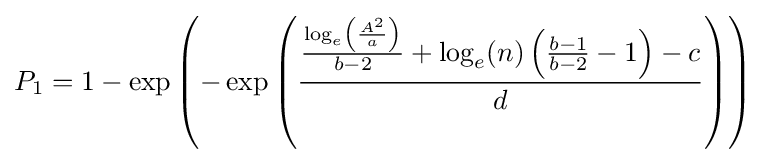
P_{1}=1-\exp \left(-\exp \left({\frac {{\frac {\log _{e}\left({\frac {A^{2}}{a}}\right)}{b-2}}+\log _{e}(n)\left({\frac {b-1}{b-2}}-1\right)-c}{d}}\right)\right)